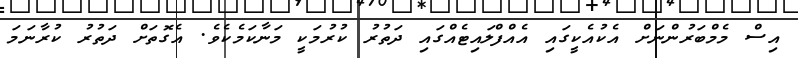
އިސް މެމްބަރުންނަށް އެކުއެކީގައި އެއްފްލައިޓެއްގައި ދަތުރު ކުރުމަކީ މަނާކަމެކެވެ. އެގޮތަށް ދަތުރު ކުރާނަމަ